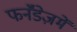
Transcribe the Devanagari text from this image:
फर्नॅंडेज़में